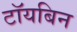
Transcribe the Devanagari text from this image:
टॉयबिन